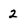
Character: 2